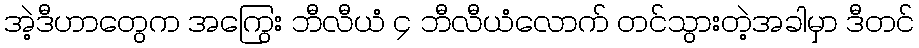
အဲ့ဒီဟာတွေက အကြွေး ဘီလီယံ ၄ ဘီလီယံလောက် တင်သွားတဲ့အခါမှာ ဒီတင်